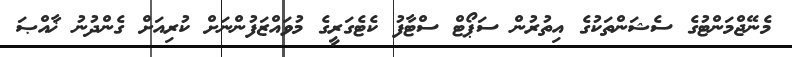
މެނޭޖްމަންޓުގެ ސެޝަންތަކުގެ އިތުރުން ސަޕޯޓް ސްޓާފު ކެޓެގަރީގެ މުވައްޒަފުންނަށް ކުރިއަށް ގެންދުނު ޚާއްޞަ